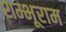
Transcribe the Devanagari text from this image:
शम्भूराम